Mental hospitals Bombay report 1929-33 - 1929-1933
Year: 1929
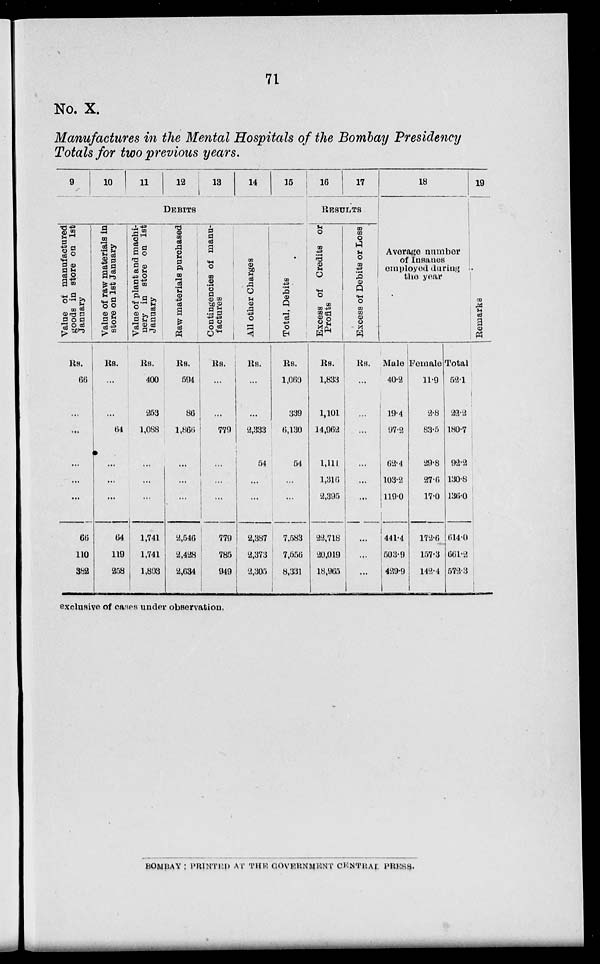
71
No. X.
Manufactures in the Mental Hospitals of the Bombay Presidency
Totals for two previous years.
9
10
11
12
13
14
15
DEBITS
Value of manufactured
goods in store on 1st
January
Rs.
66
...
...
...
...
...
66
110
382
Value of raw materials in
store on 1st January
Rs.
...
...
64
...
...
...
64
119
258
Value of plant and machi-
nery in store on 1st
January
Rs.
400
253
1,088
...
...
...
1,741
1,741
1,803
Raw materials purchased
Rs.
594
86
1,866
...
...
...
2,546
2,428
2,634
Contingencies of manu-
factures
Rs.
...
...
779
...
...
...
779
785
949
All other Charges
Rs.
...
...
2,333
54
...
...
2,387
2,373
2,305
Total, Debits
Rs.
1,060
339
6,130
54
...
...
7,583
7,556
8,331
16
17
RESULTS
Excess of Credits or
Profits
Rs.
1,833
1,101
14,962
1,111
1,316
2,395
22,718
20,019
18,965
Excess of Debits or Loss
Rs.
...
...
...
...
...
...
...
...
...
18
Average number
of Insanes
employed during
the year
Male
40.2
19.4
97.2
62.4
103.2
119.0
441.4
503.9
429.9
Female
11.9
2.8
83.5
29.8
27.6
17.0
172.6
157.3
142.4
Total
52.1
22.2
180.7
92.2
130.8
136.0
614.0
661.2
572.3
19
Remarks
exclusive of cases under observation.
BOMBAY : PRINTED AT THE GOVERNMENT CENTRAL PRESS.